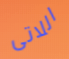
اللاتى